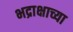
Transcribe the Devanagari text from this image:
भद्राक्षाच्या